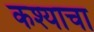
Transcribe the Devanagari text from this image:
कश्याचा